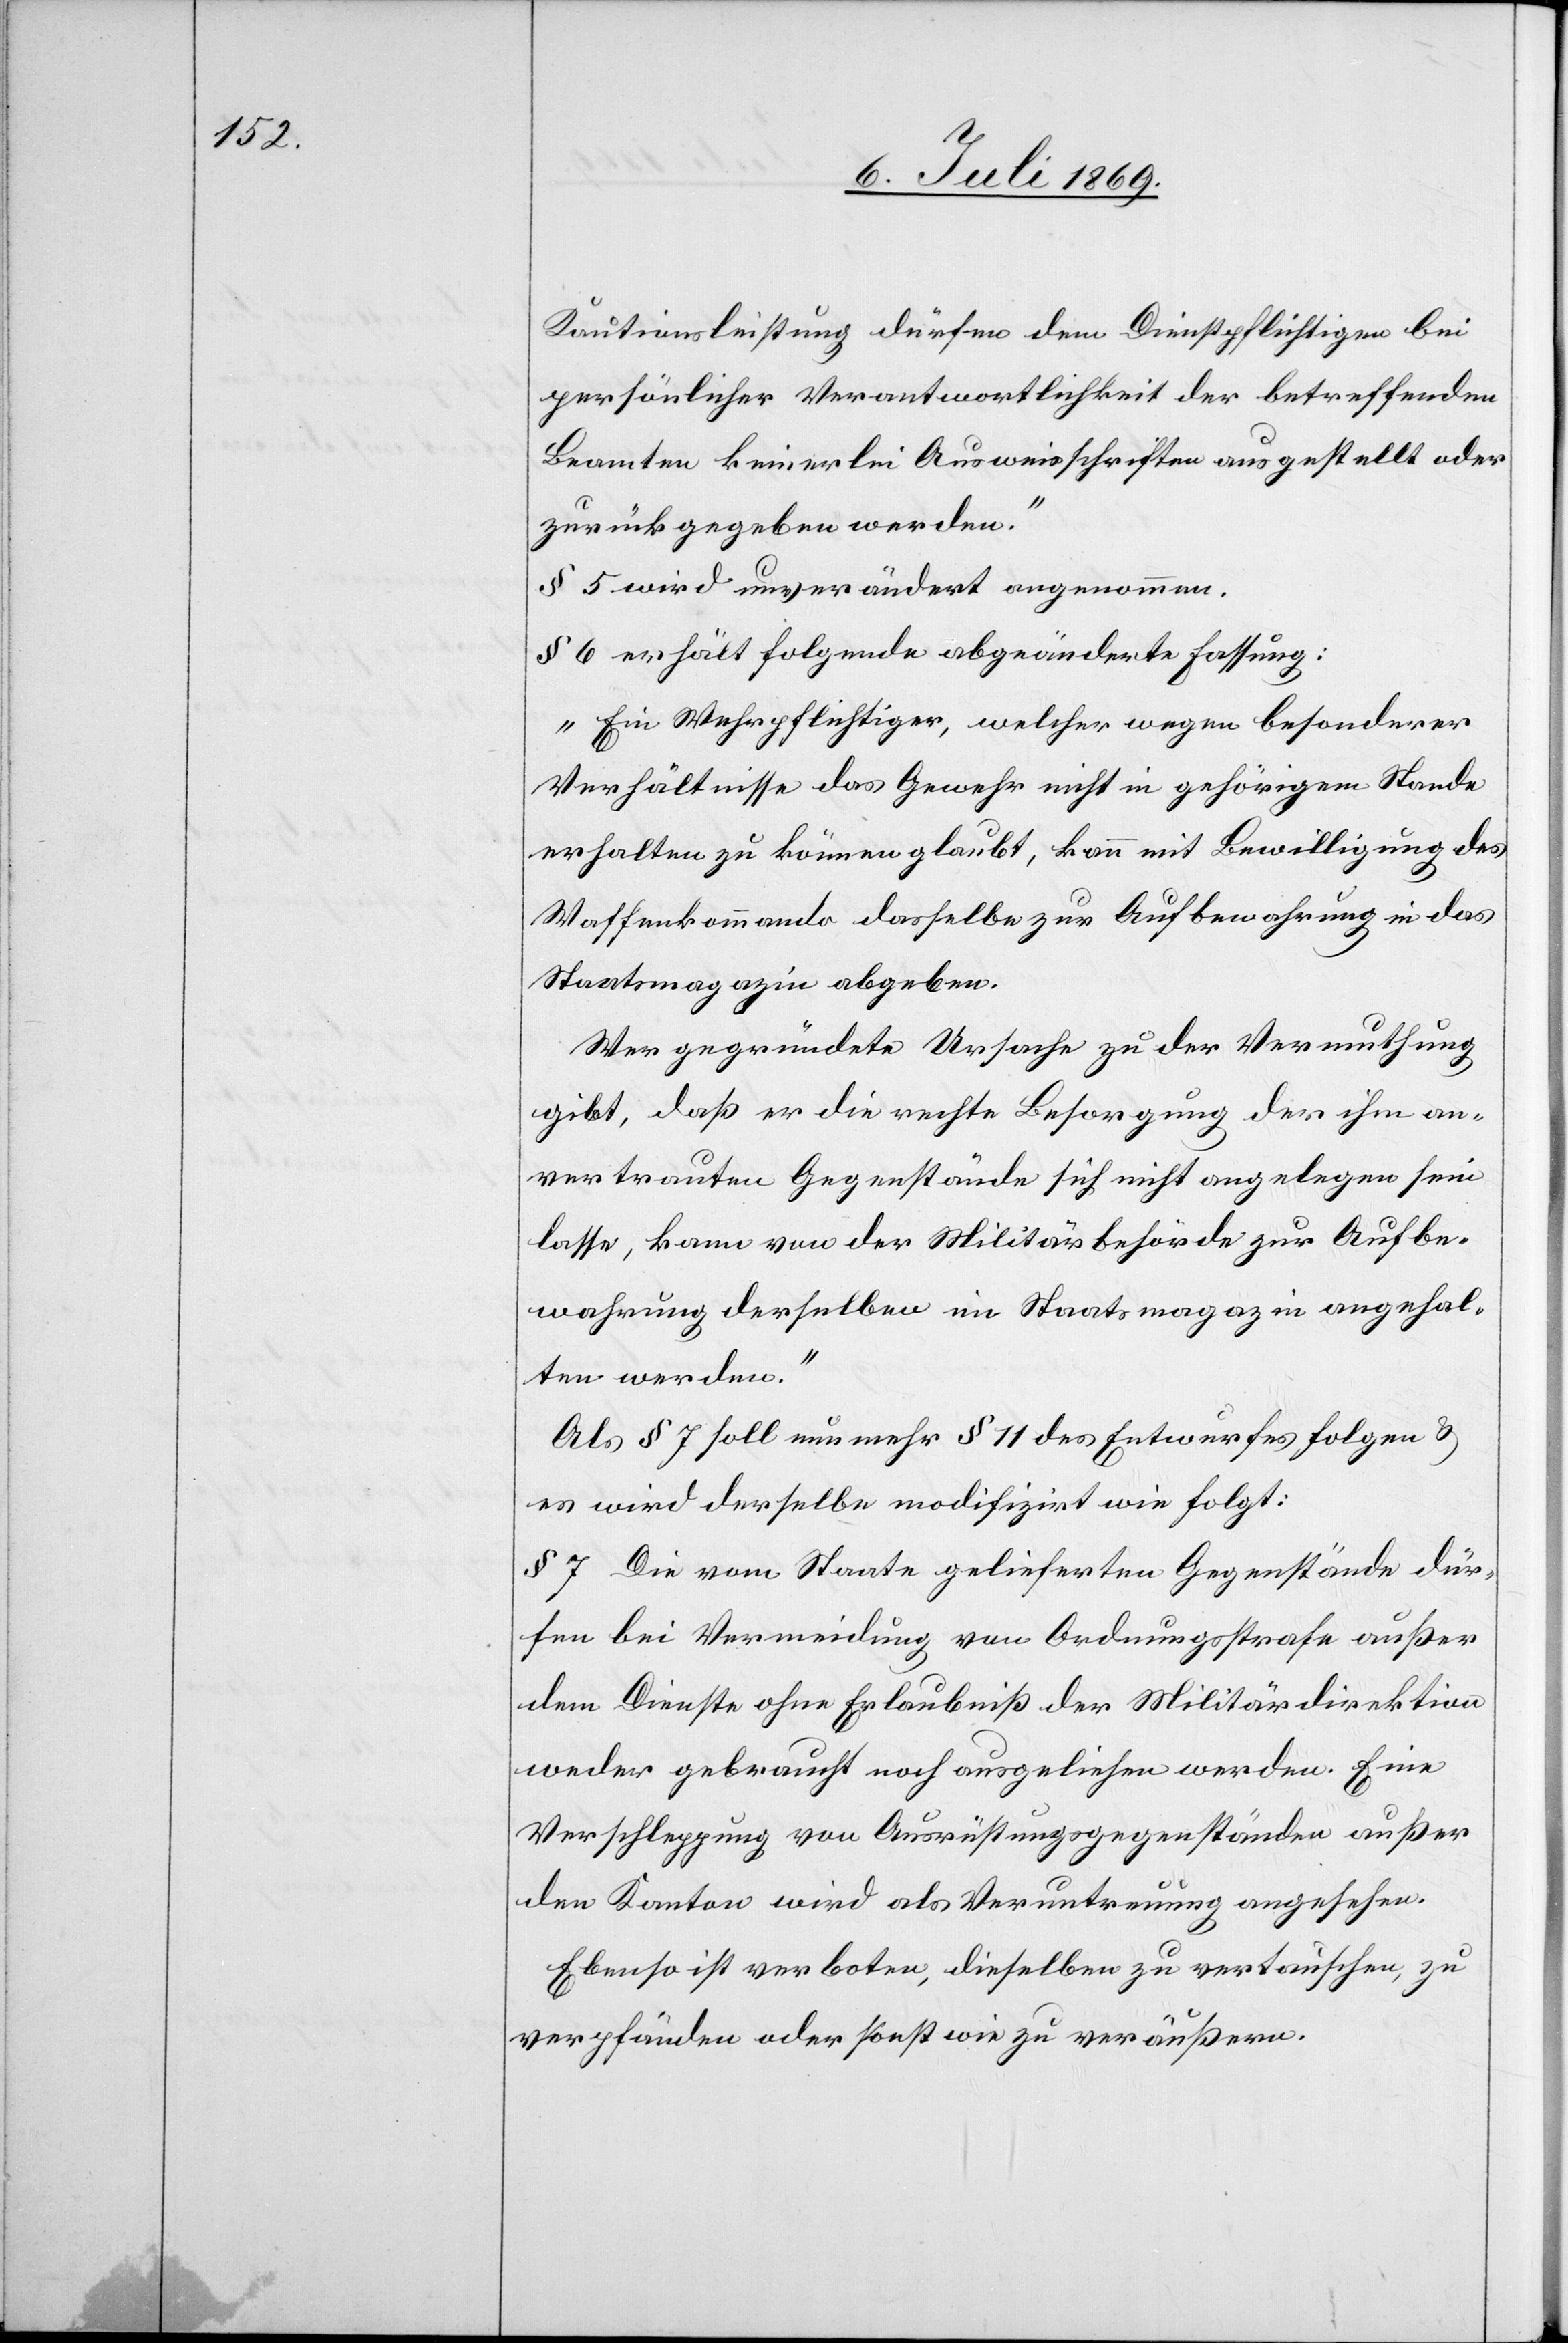
Kautionsleistung dürfen dem Dienstpflichtigen bei
persönlicher Verantwortlichkeit der betreffenden
Beamten keinerlei Ausweisschriften ausgestellt oder
zurückgegeben werden.“
§ 5 wird unverändert angenommen.
§ 6 erhält folgende abgeänderte Fassung:
„Ein Wehrpflichtiger, welcher wegen besonderer
Verhältnisse das Gewehr nicht in gehörigem Stande
erhalten zu können glaubt, kann mit Bewilligung des
Waffenkommando dasselbe zur Aufbewahrung in das
Staatsmagazin abgeben.
Wer gegründete Ursache zu der Vermuthung
gibt, daß er die rechte Besorgung der ihm an¬
vertrauten Gegenstände sich nicht angelegen sein
lasse, kann von der Militärbehörde zur Aufbe¬
wahrung derselben im Staatsmagazin angehal¬
ten werden.“
Als § 7 soll nunmehr § 11 des Entwurfes folgen u.
es wird derselbe modifizirt wie folgt:
§ 7 Die vom Staate gellieferten Gegenstände dür¬
fen bei Vermeidung von Ordnungsstrafe außer
dem Dienste ohne Erlaubniß der Militärdirektion
weder gebracht noch ausgeliehen werden. Eine
Verschleppung von Ausrüstungsgegenständen außer
den Kanton wird als Veruntreuung angesehen.
Ebenso ist verboten, dieselben zu vertauschen, zu
verpfänden oder sonst wie zu veräußern.